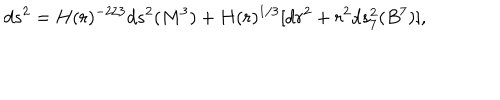
LaTeX: d s ^ { 2 } = H ( r ) ^ { - 2 / 3 } d s ^ { 2 } ( M ^ { 3 } ) + H ( r ) ^ { 1 / 3 } [ d r ^ { 2 } + r ^ { 2 } d s _ { 7 } ^ { 2 } ( B ^ { 7 } ) ] ,